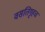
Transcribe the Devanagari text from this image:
वसतिगृहच